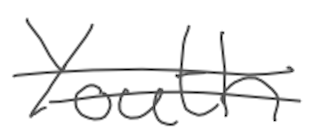
Text: Youth
Cross-out: double-line
Writing tool: digital_gray